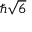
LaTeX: \hbar { \sqrt { 6 } }